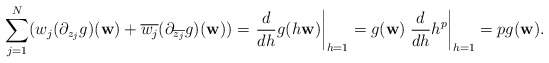
\begin{align*}\sum_{j=1}^N (w_j(\partial_{z_j}g) ({\bf w}) +\overline{w_j} (\partial_{\overline{z_j}}g) ({\bf w}))=\left. \frac{d}{d h} g(h{\bf w}) \right|_{h=1} =g({\bf w})\left. \frac{d}{d h} h^p \right|_{h=1} = p g({\bf w}).\end{align*}